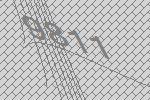
9811